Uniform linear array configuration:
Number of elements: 8
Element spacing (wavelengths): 0.75
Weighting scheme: blackman
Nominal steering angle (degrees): -15
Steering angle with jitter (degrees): -13.135
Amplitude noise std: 0.05
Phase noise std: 0.05

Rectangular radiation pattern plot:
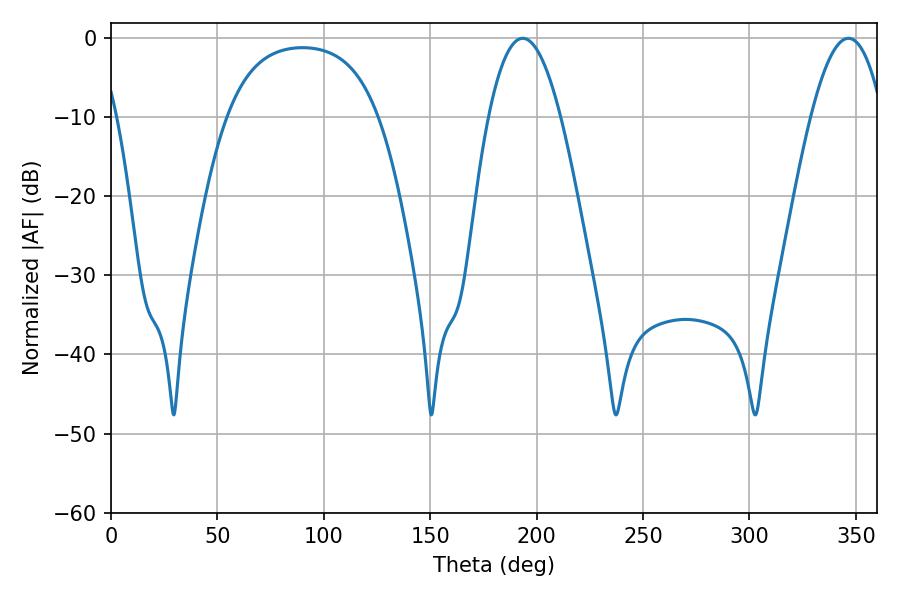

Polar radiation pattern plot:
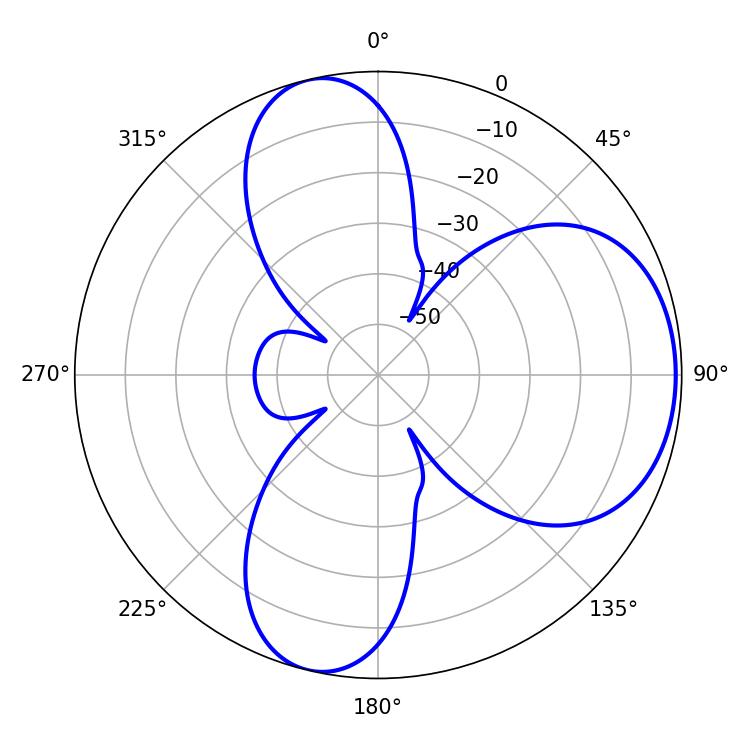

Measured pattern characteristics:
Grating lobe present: TRUE
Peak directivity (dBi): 6.519
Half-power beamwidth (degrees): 18.54
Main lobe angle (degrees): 193.5